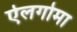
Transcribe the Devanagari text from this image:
ऐलगोमा